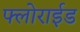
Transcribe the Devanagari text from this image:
फ्लोराईड